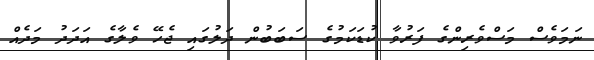
ނަމަވެސް މަސްވެރިންގެ ފަރުވާ ކުޑަކަމުގެ ސަބަބުން ދަލުގައި ޖެހޭ ވެލާގެ އަދަދު މަދެއް